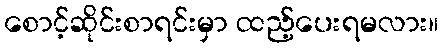
စောင့်ဆိုင်းစာရင်းမှာ ထည့်ပေးရမလား။